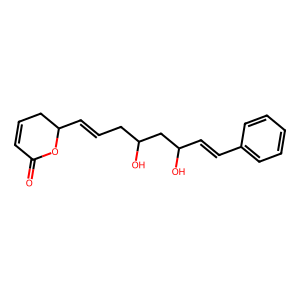
SMILES: O=C1C=CCC(C=CCC(O)CC(O)C=Cc2ccccc2)O1
Inhibits HIV replication: No